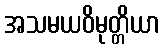
အသမယဝိမုတ္တိယာ